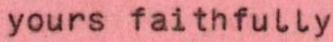
yours faithfully